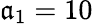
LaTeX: \mathfrak{a}_{1}=10